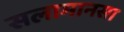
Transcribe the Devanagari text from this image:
सलामानसा